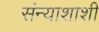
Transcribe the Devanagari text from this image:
संन्याशाशी